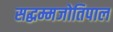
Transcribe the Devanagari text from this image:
सद्धम्मजोतिपाल